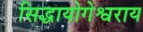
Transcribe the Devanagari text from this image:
सिद्धायोगेश्वराय